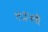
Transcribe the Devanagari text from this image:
१९३५ची